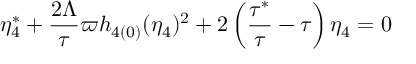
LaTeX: \eta _ { 4 } ^ { \ast } + \frac { 2 \Lambda } { \tau } \varpi h _ { 4 ( 0 ) } ( \eta _ { 4 } ) ^ { 2 } + 2 \left( \frac { \tau ^ { \ast } } { \tau } - \tau \right) \eta _ { 4 } = 0